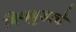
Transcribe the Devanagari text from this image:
बिनबुडाचे